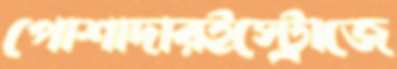
পোশাদারইস্ট্রোজে